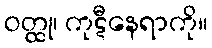
ဝတ္ထု၊ ကုဋီနေရာကို။